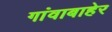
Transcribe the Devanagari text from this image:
गांवाबाहेर